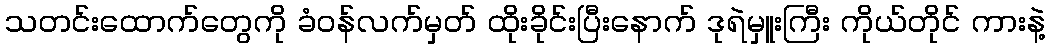
သတင်းထောက်တွေကို ခံဝန်လက်မှတ် ထိုးခိုင်းပြီးနောက် ဒုရဲမှူးကြီး ကိုယ်တိုင် ကားနဲ့